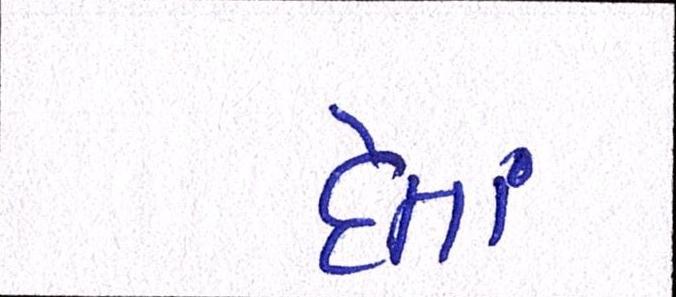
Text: દેતાં